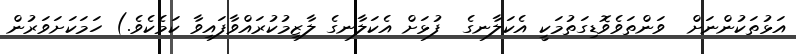
އަޅުތަކުންނަށް  ވަންތަވެވޮޑިގަތުމަކީ އެކަލާނގެ  ފުޅަށް އެކަލާނގެ ލާޒިމުކުރައްވާފައިވާ ކަމެކެވެ.) ހަމަކަށަވަރުން